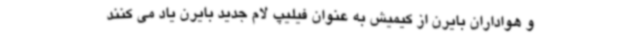
و هواداران بایرن از کیمیش به عنوان فیلیپ لام جدید بایرن یاد می کنند